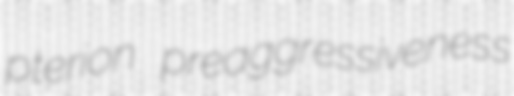
pterion preaggressiveness